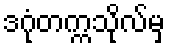
ဒဂုံတက္ကသိုလ်မှ